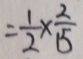
= \frac { 1 } { 2 } \times \frac { 2 } { 1 5 }